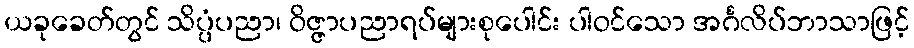
ယခုခေတ်တွင် သိပ္ပံပညာ၊ ဝိဇ္ဇာပညာရပ်များစုပေါင်း ပါဝင်သော အင်္ဂလိပ်ဘာသာဖြင့်